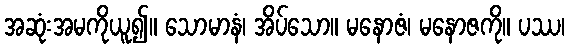
အဆုံးအမကိုယူ၍။ သောမာနံ၊ အိပ်သော။ မနောဇံ၊ မနောဇကို။ ပဿ၊